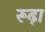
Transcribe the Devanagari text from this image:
रूढ़ा